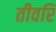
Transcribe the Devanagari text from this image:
तीवरि